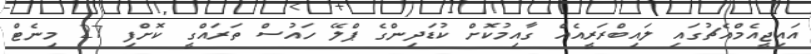
އައިޖީއެމްއެޗުގައި ލައިބްރަރީއެއް ގާއިމުކޮށް ކުޑަދިންގެ ޕްލޭ ހައުސް ތަރައްގީ ކޮށްފި 27 މިނެޓް